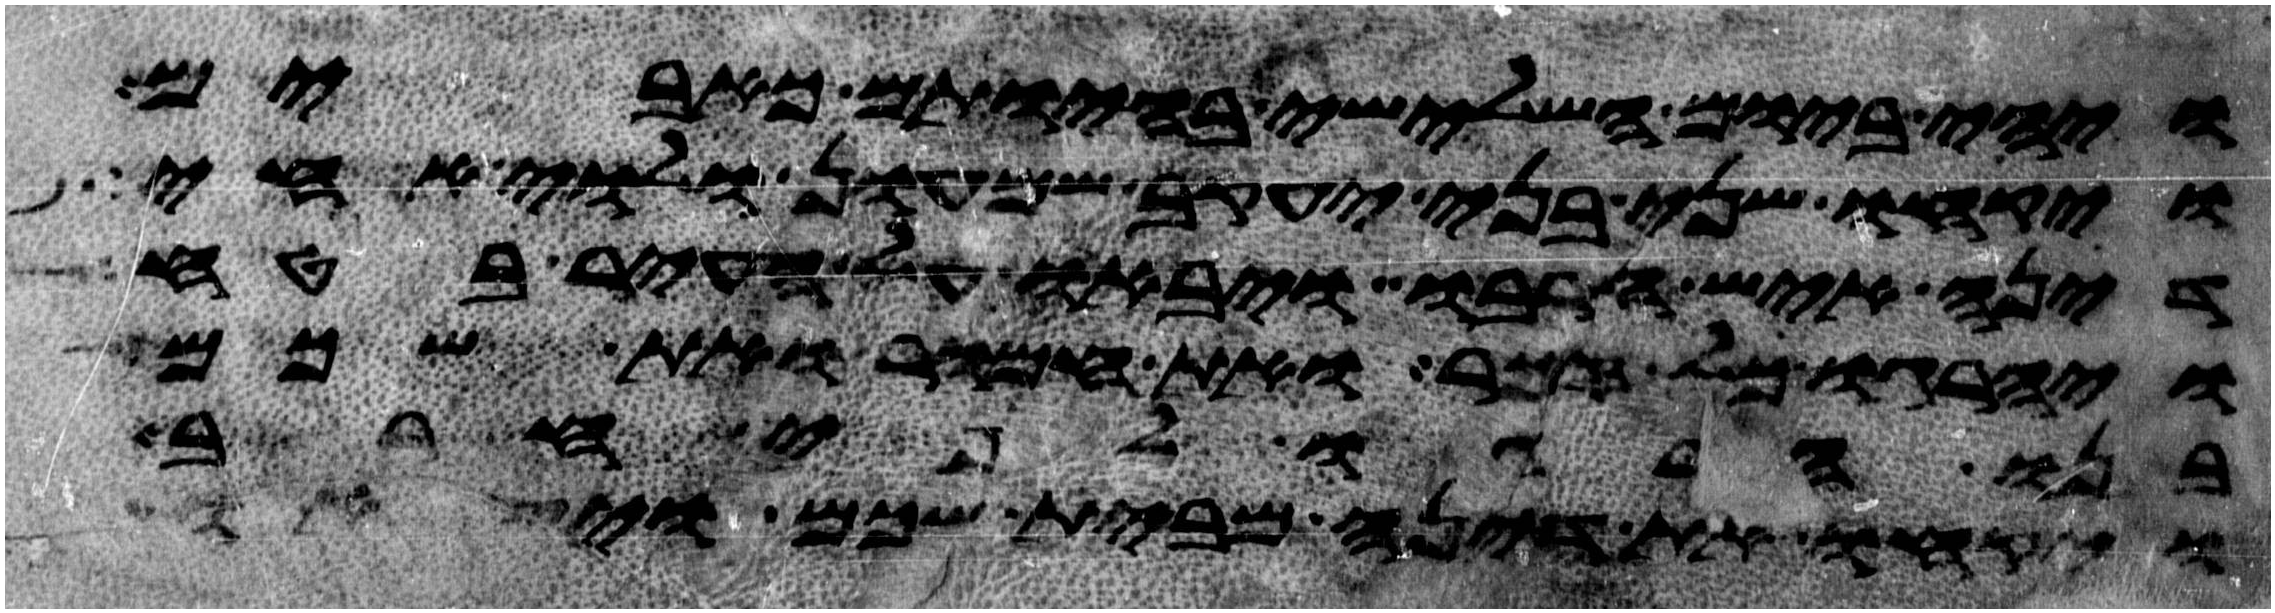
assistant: ויהי ביום השלישי בהיותם כאבים
ויקחו שני בני יעקב שמעון ולוי אחי
דינה איש חרבו ויבאו על העיר בטח
ויהרגו כל זכר ואת חמור ואת שכם
בנו הרגו לפי חרב
ויקחו את דינה מבית שכם ויצאו